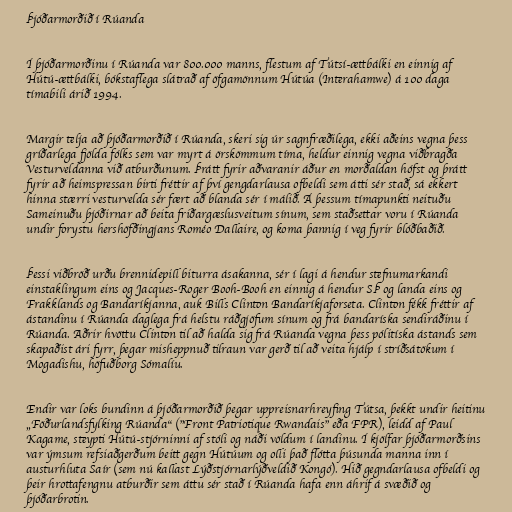
Þjóðarmorðið í Rúanda

Í þjóðarmorðinu í Rúanda var 800.000 manns, flestum af Tútsí-ættbálki en einnig af
Hútú-ættbálki, bókstaflega slátrað af öfgamönnum Hútúa (Interahamwe) á 100 daga
tímabili árið 1994.

Margir telja að þjóðarmorðið í Rúanda, skeri sig úr sagnfræðilega, ekki aðeins vegna þess
gríðarlega fjölda fólks sem var myrt á örskömmum tíma, heldur einnig vegna viðbragða
Vesturveldanna við atburðunum. Þrátt fyrir aðvaranir áður en morðaldan hófst og þrátt
fyrir að heimspressan birti fréttir af því gengdarlausa ofbeldi sem átti sér stað, sá ekkert
hinna stærri vesturvelda sér fært að blanda sér í málið. Á þessum tímapunkti neituðu
Sameinuðu þjóðirnar að beita friðargæslusveitum sínum, sem staðsettar voru í Rúanda
undir forystu hershöfðingjans Roméo Dallaire, og koma þannig í veg fyrir blóðbaðið.

Þessi viðbröð urðu brennidepill biturra ásakanna, sér í lagi á hendur stefnumarkandi
einstaklingum eins og Jacques-Roger Booh-Booh en einnig á hendur SÞ og landa eins og
Frakklands og Bandaríkjanna, auk Bills Clinton Bandaríkjaforseta. Clinton fékk fréttir af
ástandinu í Rúanda daglega frá helstu ráðgjöfum sínum og frá bandaríska sendiráðinu í
Rúanda. Aðrir hvöttu Clinton til að halda sig frá Rúanda vegna þess pólitíska ástands sem
skapaðist ári fyrr, þegar misheppnuð tilraun var gerð til að veita hjálp í stríðsátökum í
Mogadishu, höfuðborg Sómalíu.

Endir var loks bundinn á þjóðarmorðið þegar uppreisnarhreyfing Tútsa, þekkt undir heitinu
„Föðurlandsfylking Rúanda“ ("Front Patriotique Rwandais" eða FPR), leidd af Paul
Kagame, steypti Hútú-stjórninni af stóli og náði völdum í landinu. Í kjölfar þjóðarmorðsins
var ýmsum refsiaðgerðum beitt gegn Hútúum og olli það flótta þúsunda manna inn í
austurhluta Saír (sem nú kallast Lýðstjórnarlýðveldið Kongó). Hið gegndarlausa ofbeldi og
þeir hrottafengnu atburðir sem áttu sér stað í Rúanda hafa enn áhrif á svæðið og
þjóðarbrotin.